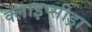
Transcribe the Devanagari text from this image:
क्लाइप्सीड्रा